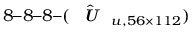
8 – 8 – 8 – ( \hat { \textit { \textbf { U } } } _ { u , 5 6 \times 1 1 2 } )